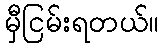
မှီငြမ်းရတယ်။